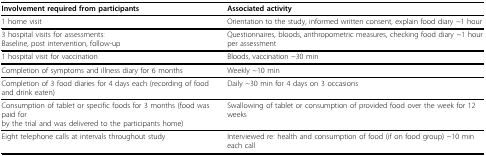
<table><thead><tr><td><b>Involvement required from participants</b></td><td><b>Associated activity</b></td></tr></thead><tbody><tr><td>1 home visit</td><td>Orientation to the study, informed written consent, explain food diary ~1 hour</td></tr><tr><td>3 hospital visits for assessments:Baseline, post intervention, follow-up</td><td>Questionnaires, bloods, anthropometric measures, checking food diary ~1 hour per assessment</td></tr><tr><td>1 hospital visit for vaccination</td><td>Bloods, vaccination ~30 min</td></tr><tr><td>Completion of symptoms and illness diary for 6 months</td><td>Weekly ~10 min</td></tr><tr><td>Completion of 3 food diaries for 4 days each (recording of food and drink eaten)</td><td>Daily ~30 min for 4 days on 3 occasions</td></tr><tr><td>Consumption of tablet or specific foods for 3 months (food was paid for by the trial and was delivered to the participants home)</td><td>Swallowing of tablet or consumption of provided food over the week for 12 weeks</td></tr><tr><td>Eight telephone calls at intervals throughout study</td><td>Interviewed re: health and consumption of food (if on food group) ~10 min each call</td></tr></tbody></table>